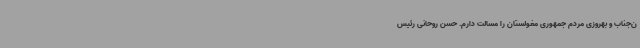
ن‌جناب و بهروزی مردم جمهوری مغولستان را مسالت دارم. حسن روحانی رئیس